Annual report of the Imperial Bacteriological Laboratory, Muktesar
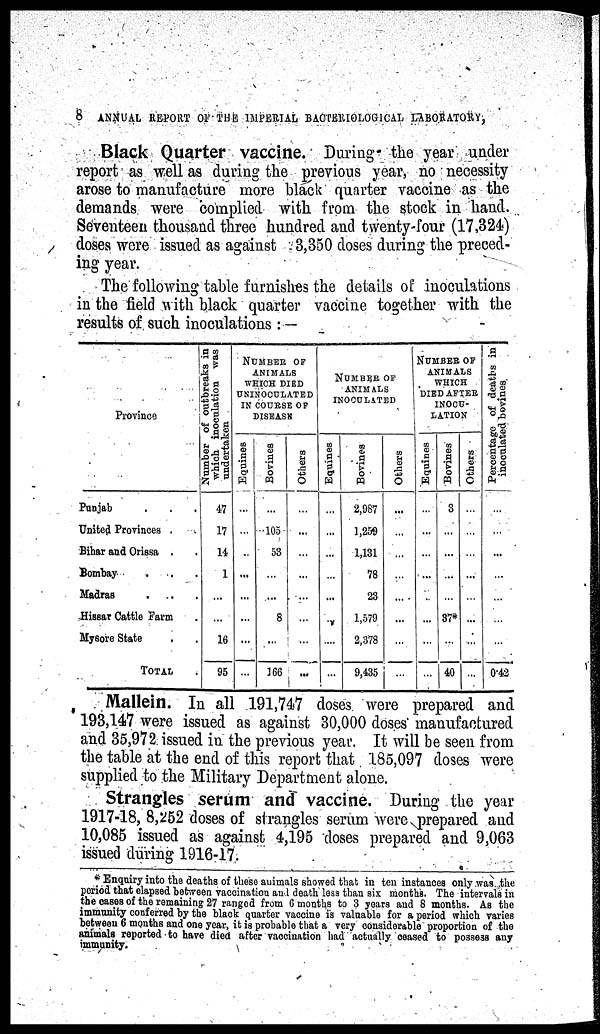
8
ANNUAL REPORT OF THE IMPERIAL BACTERIOLOGICAL LABORATORY,
Black Quarter vaccine. During the year under
report as well as during the previous year, no necessity
arose to manufacture more black quarter vaccine as the
demands were complied with from the stock in hand.
Seventeen thousand three hundred and twenty-four (17,324)
doses were issued as against 3,350 doses during the preced-
ing year.
The following table furnishes the details of inoculations
in the field with black quarter vaccine together with the
results of such inoculations : —
Province
Punjab
United Provinces.
Bihar and Orissa .
Bombay
Madras
Hissar Cattle Farm
Mysore State
TOTAL
Number of outbreaks in
which inoculation was
undertaken
47
17
14
1
...
...
16
95
NUMBER OF
ANIMALS
WHICH DIED
UNINOCULATED
IN COURSE OF
DISEASE
Equines
...
...
...
...
...
...
...
...
Borines
...
...105
53
...
....
8
...
166
Others
...
...
...
...
...
...
...
...
NUMBER OF
ANIMALS
INOCULATED
Equines
...
...
...
...
...
...
....
...
Bovines
2,987
1,259
1,131
78
23
1,579
2,378
9,435
Others
...
...
...
...
...
...
...
...
NUMBER OF
ANIMALS
WHICH
DIED AFTER
INOCU-
LATION
Equines
...
...
...
...
...
...
...
...
Bovines
3
...
...
...
...
37*
...
40
Others
...
...
...
...
...
...
...
...
Percentage of deaths in
inoculated bovines
...
...
...
...
0.42
Mallein. In all 191,747 doses were prepared and
193,147 were issued as against 30,000 doses manufactured
and 35,972 issued in the previous year. It will be seen from
the table at the end of this report that 185,097 doses were
supplied to the Military Department alone.
Strangles serum and vaccine. During the year
1917-18, 8,252 doses of strangles serum were prepared and
10,085 issued as against 4,195 doses prepared and 9,063
issued during 1916-17.
* Enquiry into the deaths of these animals showed that in ten instances only was the
period that elapsed between vaccination and death less than six months. The intervals in
the cases of the remaining 27 ranged from 6 months to 3 years and 8 months. As the
immunity conferred by the black quarter vaccine is valuable for a period which varies
between 6 months and one year, it is probable that a very considerable proportion of the
animals reported to have died after vaccination had actually ceased to possess any
immunity.